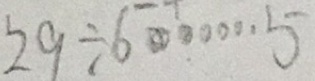
2 9 \div 6 \cdots 5